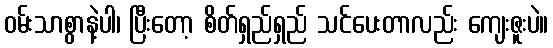
ဝမ်းသာစွာနဲ့ပါ၊ ပြီးတော့ စိတ်ရှည်ရှည် သင်ပေးတာလည်း ကျေးဇူးပဲ။